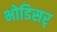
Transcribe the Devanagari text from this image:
भोडिसर्